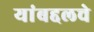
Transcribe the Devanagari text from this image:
यांबद्दलचे